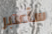
سأعتبر